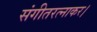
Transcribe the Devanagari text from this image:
संगीतरत्नाकर।